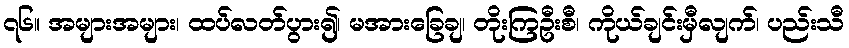
၇၆။ အများအများ၊ ထပ်လတ်ပွား၍၊ မအားခြေချ၊ တိုးကြဦးစီ၊ ကိုယ်ချင်းမှီလျက်၊ ပည်းသီ